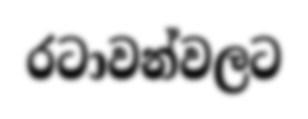
රටාවන්වලට